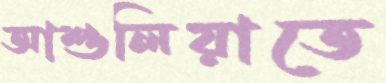
আশুলিয়াতে